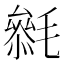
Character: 𣯺